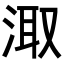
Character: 𭰮